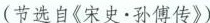
(节选自《宋史·孙傅传》)